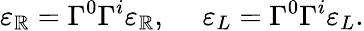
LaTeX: \varepsilon_{\mathbb{R}}=\Gamma^{0}\Gamma^{i}\varepsilon_{\mathbb{R}},\ \ \ \ \ \varepsilon_{L}=\Gamma^{0}\Gamma^{i}\varepsilon_{L}.